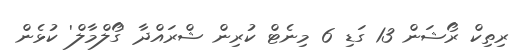
ރިތިކް ރޯޝަން 13 ގަޑި 6 މިނެޓް ކުރިން ޝްރައްދާ 'ގޯލްމާލް' ކުޅެން